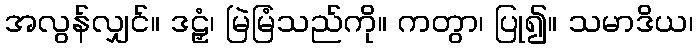
အလွန်လျှင်။ ဒဠှံ၊ မြဲမြံသည်ကို။ ကတွာ၊ ပြု၍။ သမာဒိယ၊